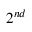
2 ^ { n d }